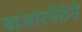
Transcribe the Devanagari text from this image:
बाजारपेठेने